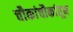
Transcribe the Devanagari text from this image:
चौकांचौकांतून